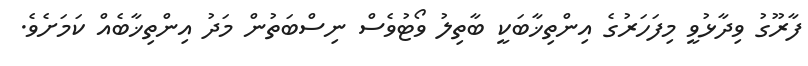
ފާރޫގު ވިދާޅުވީ މިފަހަރުގެ އިންތިޚާބަކީ ބާތިލު ވޯޓުވެސް ނިސްބަތުން މަދު އިންތިޚާބެއް ކަމަށެވެ.